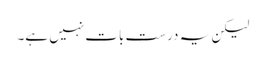
لیکن یہ درست بات نہیں ہے۔